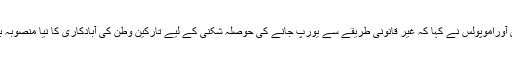
اس ملاقات کے بعد بی بی سی کے ساتھ گفتگو میں دمتری آوراموپولس نے کہا کہ غیر قانونی طریقے سے یورپ جانے کی حوصلہ شکنی کے لیے تارکین وطن کی آبادکاری کا نیا منصوبہ بہت جلد یورپی پارلیمنٹ کے سامنے پیش کر دیا جائے گا۔